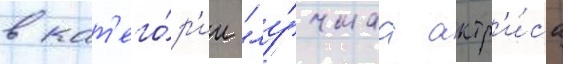
в кат'его́р'ии "лу́чшаа актр'и́са